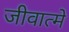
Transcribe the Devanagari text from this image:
जीवात्मे